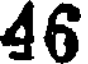
46